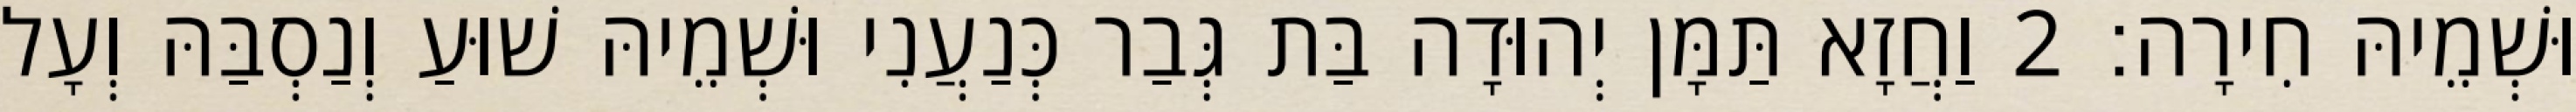
וּשְׁמֵיהּ חִירָה׃ 2 וַחֲזָא תַּמָּן יְהוּדָה בַּת גְּבַר כְּנַעֲנִי וּשְׁמֵיהּ שׁוּעַ וְנַסְבַּהּ וְעָל